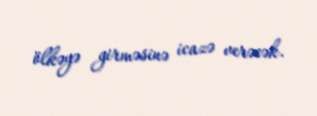
ölkəyə girməsinə icazə verəcək.